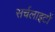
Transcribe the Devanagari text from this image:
सर्चलाइटों